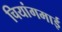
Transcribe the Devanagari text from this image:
चियांगमाई